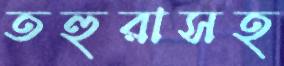
তহুরাসহ